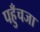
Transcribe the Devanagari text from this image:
पहुँचजा